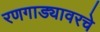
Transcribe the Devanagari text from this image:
रणगाड्यावरचे